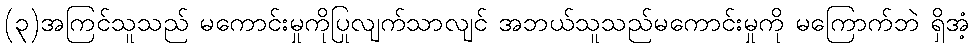
(၃)အကြင်သူသည် မကောင်းမှုကိုပြုလျက်သာလျင် အဘယ်သူသည်မကောင်းမှုကို မကြောက်ဘဲ ရှိအံ့